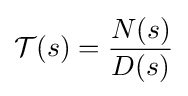
{\mathcal {T}}(s)={\frac {N(s)}{D(s)}}